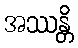
အဿန္တိ